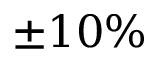
\pm 1 0 \%